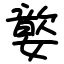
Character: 嬜